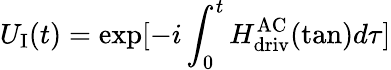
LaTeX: U_{\mathrm{I}}(t)=\exp[-i\int_{0}^{t}H_{\mathrm{driv}}^{\mathrm{AC}}(\tan)d\tau]